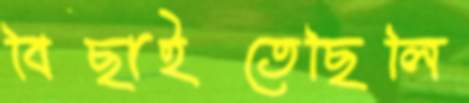
বিছাইতেছিলি